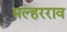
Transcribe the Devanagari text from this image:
मल्हरराव